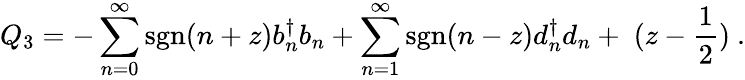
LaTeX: Q_{3}=-\sum_{n=0}^{\infty}\mathrm{{sgn}}(n+z)b_{n}^{\dagger}b_{n}+\sum_{n=1}^{\infty}{\mathrm{sgn}}(n-z)d_{n}^{\dagger}d_{n}+\; (z-{\frac{1}{2}})\ .